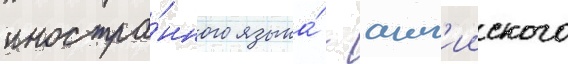
иностра́нного языка́ - англ'ииского